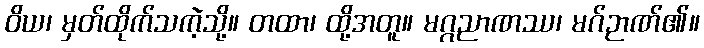
ဝိယ၊ မှတ်ထိုက်သကဲ့သို့။ တထာ၊ ထို့အတူ။ မဂ္ဂညာဏဿ၊ မဂ်ဉာဏ်၏။